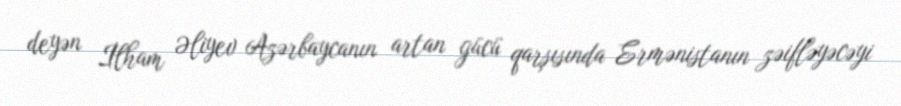
deyən İlham Əliyev Azərbaycanın artan gücü qarşısında Ermənistanın zəifləyəcəyi